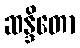
ဆန္ဒိတော